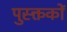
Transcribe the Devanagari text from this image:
पुस्क्तकों